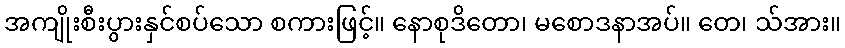
အကျိုးစီးပွားနှင်စပ်သော စကားဖြင့်။ နောစုဒိတော၊ မစောဒနာအပ်။ တေ၊ သ်အား။